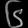
Digit: ၆